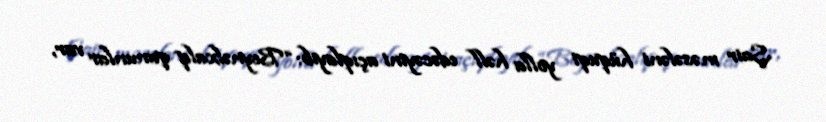
Şair məsələni hüquqi yolla həll edəcəyini açıqlayıb: “Beynəlxalq qanunlar var,